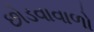
છોડવાવાળો